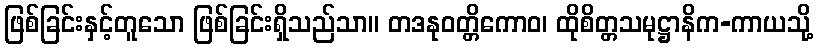
ဖြစ်ခြင်းနှင့်တူသော ဖြစ်ခြင်းရှိသည်သာ။ တဒနုဝတ္တိကောဝ၊ ထိုစိတ္တသမုဋ္ဌာနိက-ကာယသို့